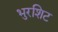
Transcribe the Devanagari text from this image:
भुरशिट